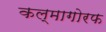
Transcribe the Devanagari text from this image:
कल्मागोरफ